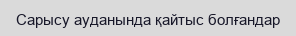
Сарысу ауданында қайтыс болғандар